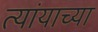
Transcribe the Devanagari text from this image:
त्यांयाच्या